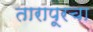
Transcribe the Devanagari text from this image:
तारापूरचा